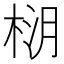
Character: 𪲚